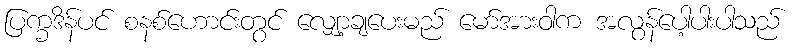
ပြက္ခဒိန်ပင် စနစ်ဟောင်းတွင် လျှော့ချပေးမည် မော်အားဝါက အလွန်ပေါ့ပါးပါသည်